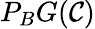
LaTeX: P_{B}G(\mathcal{C})